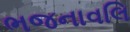
ભજનાવલિ